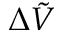
\Delta \Tilde { V }